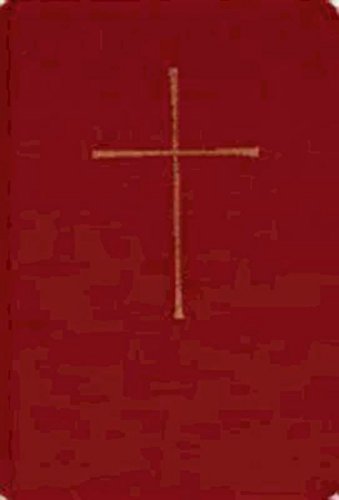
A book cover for Book of Common Prayer Chapel Edition: Red Hardcover; Church Publishing; Christian Books & Bibles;